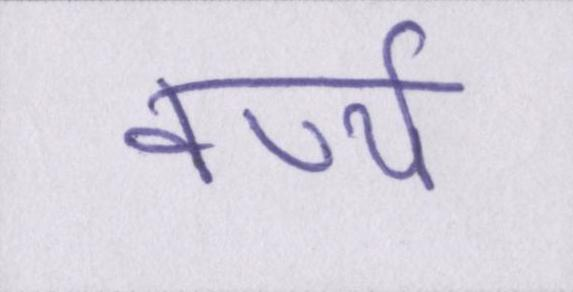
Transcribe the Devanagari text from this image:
वर्ण्य